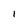
Character: 1